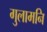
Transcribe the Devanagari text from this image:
गुलामनि